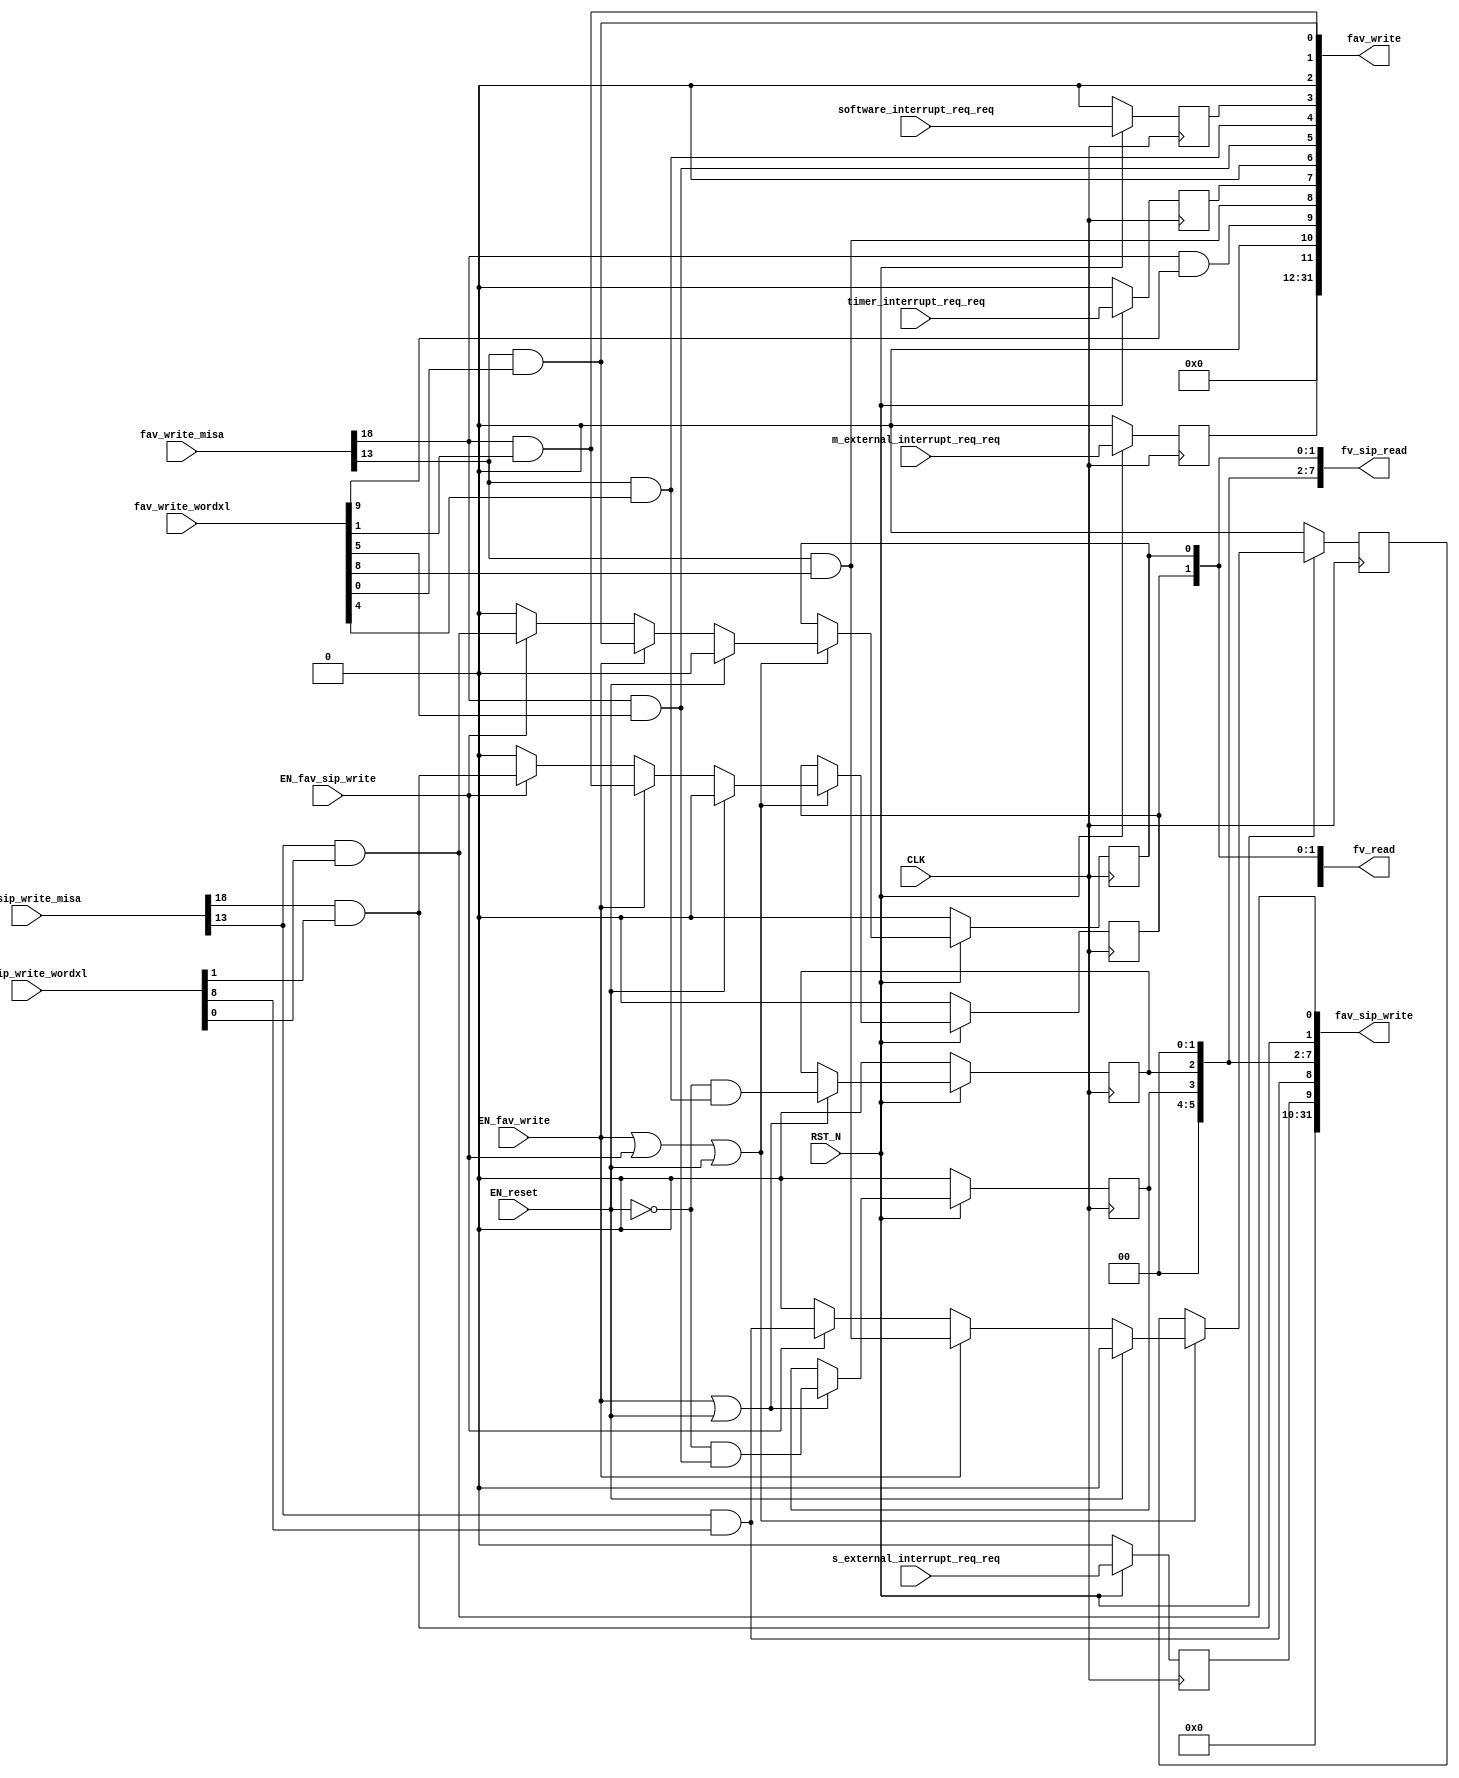
// This program was cloned from: https://github.com/bluespec/Piccolo
// License: Apache License 2.0

//
// Generated by Bluespec Compiler, version 2018.10.beta1 (build e1df8052c, 2018-10-17)
//
//
//
//
// Ports:
// Name                         I/O  size props
// fv_read                        O    32
// fav_write                      O    32
// fv_sip_read                    O    32
// fav_sip_write                  O    32
// CLK                            I     1 clock
// RST_N                          I     1 reset
// fav_write_misa                 I    28
// fav_write_wordxl               I    32
// fav_sip_write_misa             I    28
// fav_sip_write_wordxl           I    32
// m_external_interrupt_req_req   I     1 reg
// s_external_interrupt_req_req   I     1 reg
// software_interrupt_req_req     I     1 reg
// timer_interrupt_req_req        I     1 reg
// EN_reset                       I     1
// EN_fav_write                   I     1
// EN_fav_sip_write               I     1
//
// Combinational paths from inputs to outputs:
//   (fav_write_misa, fav_write_wordxl) -> fav_write
//   (fav_sip_write_misa, fav_sip_write_wordxl) -> fav_sip_write
//
//

`ifdef BSV_ASSIGNMENT_DELAY
`else
  `define BSV_ASSIGNMENT_DELAY
`endif

`ifdef BSV_POSITIVE_RESET
  `define BSV_RESET_VALUE 1'b1
  `define BSV_RESET_EDGE posedge
`else
  `define BSV_RESET_VALUE 1'b0
  `define BSV_RESET_EDGE negedge
`endif

module mkCSR_MIP(CLK,
		 RST_N,

		 EN_reset,

		 fv_read,

		 fav_write_misa,
		 fav_write_wordxl,
		 EN_fav_write,
		 fav_write,

		 fv_sip_read,

		 fav_sip_write_misa,
		 fav_sip_write_wordxl,
		 EN_fav_sip_write,
		 fav_sip_write,

		 m_external_interrupt_req_req,

		 s_external_interrupt_req_req,

		 software_interrupt_req_req,

		 timer_interrupt_req_req);
  input  CLK;
  input  RST_N;

  // action method reset
  input  EN_reset;

  // value method fv_read
  output [31 : 0] fv_read;

  // actionvalue method fav_write
  input  [27 : 0] fav_write_misa;
  input  [31 : 0] fav_write_wordxl;
  input  EN_fav_write;
  output [31 : 0] fav_write;

  // value method fv_sip_read
  output [31 : 0] fv_sip_read;

  // actionvalue method fav_sip_write
  input  [27 : 0] fav_sip_write_misa;
  input  [31 : 0] fav_sip_write_wordxl;
  input  EN_fav_sip_write;
  output [31 : 0] fav_sip_write;

  // action method m_external_interrupt_req
  input  m_external_interrupt_req_req;

  // action method s_external_interrupt_req
  input  s_external_interrupt_req_req;

  // action method software_interrupt_req
  input  software_interrupt_req_req;

  // action method timer_interrupt_req
  input  timer_interrupt_req_req;

  // signals for module outputs
  wire [31 : 0] fav_sip_write, fav_write, fv_read, fv_sip_read;

  // register rg_meip
  reg rg_meip;
  wire rg_meip$D_IN, rg_meip$EN;

  // register rg_msip
  reg rg_msip;
  wire rg_msip$D_IN, rg_msip$EN;

  // register rg_mtip
  reg rg_mtip;
  wire rg_mtip$D_IN, rg_mtip$EN;

  // register rg_seip
  reg rg_seip;
  wire rg_seip$D_IN, rg_seip$EN;

  // register rg_ssip
  reg rg_ssip;
  reg rg_ssip$D_IN;
  wire rg_ssip$EN;

  // register rg_stip
  reg rg_stip;
  wire rg_stip$D_IN, rg_stip$EN;

  // register rg_ueip
  reg rg_ueip;
  reg rg_ueip$D_IN;
  wire rg_ueip$EN;

  // register rg_usip
  reg rg_usip;
  reg rg_usip$D_IN;
  wire rg_usip$EN;

  // register rg_utip
  reg rg_utip;
  wire rg_utip$D_IN, rg_utip$EN;

  // rule scheduling signals
  wire CAN_FIRE_fav_sip_write,
       CAN_FIRE_fav_write,
       CAN_FIRE_m_external_interrupt_req,
       CAN_FIRE_reset,
       CAN_FIRE_s_external_interrupt_req,
       CAN_FIRE_software_interrupt_req,
       CAN_FIRE_timer_interrupt_req,
       WILL_FIRE_fav_sip_write,
       WILL_FIRE_fav_write,
       WILL_FIRE_m_external_interrupt_req,
       WILL_FIRE_reset,
       WILL_FIRE_s_external_interrupt_req,
       WILL_FIRE_software_interrupt_req,
       WILL_FIRE_timer_interrupt_req;

  // remaining internal signals
  wire [11 : 0] new_mip__h528, new_mip__h946;
  wire seip__h562,
       ssip__h566,
       ssip__h986,
       stip__h564,
       ueip__h563,
       ueip__h985,
       usip__h567,
       usip__h987,
       utip__h565;

  // action method reset
  assign CAN_FIRE_reset = 1'd1 ;
  assign WILL_FIRE_reset = EN_reset ;

  // value method fv_read
  assign fv_read = { 20'd0, new_mip__h528 } ;

  // actionvalue method fav_write
  assign fav_write = { 20'd0, new_mip__h946 } ;
  assign CAN_FIRE_fav_write = 1'd1 ;
  assign WILL_FIRE_fav_write = EN_fav_write ;

  // value method fv_sip_read
  assign fv_sip_read =
	     { 22'd0,
	       rg_seip,
	       rg_ueip,
	       2'b0,
	       rg_stip,
	       rg_utip,
	       2'b0,
	       rg_ssip,
	       rg_usip } ;

  // actionvalue method fav_sip_write
  assign fav_sip_write =
	     { 22'd0,
	       rg_seip,
	       ueip__h985,
	       2'b0,
	       rg_stip,
	       rg_utip,
	       2'b0,
	       ssip__h986,
	       usip__h987 } ;
  assign CAN_FIRE_fav_sip_write = 1'd1 ;
  assign WILL_FIRE_fav_sip_write = EN_fav_sip_write ;

  // action method m_external_interrupt_req
  assign CAN_FIRE_m_external_interrupt_req = 1'd1 ;
  assign WILL_FIRE_m_external_interrupt_req = 1'd1 ;

  // action method s_external_interrupt_req
  assign CAN_FIRE_s_external_interrupt_req = 1'd1 ;
  assign WILL_FIRE_s_external_interrupt_req = 1'd1 ;

  // action method software_interrupt_req
  assign CAN_FIRE_software_interrupt_req = 1'd1 ;
  assign WILL_FIRE_software_interrupt_req = 1'd1 ;

  // action method timer_interrupt_req
  assign CAN_FIRE_timer_interrupt_req = 1'd1 ;
  assign WILL_FIRE_timer_interrupt_req = 1'd1 ;

  // register rg_meip
  assign rg_meip$D_IN = m_external_interrupt_req_req ;
  assign rg_meip$EN = 1'b1 ;

  // register rg_msip
  assign rg_msip$D_IN = software_interrupt_req_req ;
  assign rg_msip$EN = 1'b1 ;

  // register rg_mtip
  assign rg_mtip$D_IN = timer_interrupt_req_req ;
  assign rg_mtip$EN = 1'b1 ;

  // register rg_seip
  assign rg_seip$D_IN = s_external_interrupt_req_req ;
  assign rg_seip$EN = 1'b1 ;

  // register rg_ssip
  always@(EN_reset or
	  EN_fav_write or ssip__h566 or EN_fav_sip_write or ssip__h986)
  case (1'b1)
    EN_reset: rg_ssip$D_IN = 1'd0;
    EN_fav_write: rg_ssip$D_IN = ssip__h566;
    EN_fav_sip_write: rg_ssip$D_IN = ssip__h986;
    default: rg_ssip$D_IN = 1'b0 /* unspecified value */ ;
  endcase
  assign rg_ssip$EN = EN_fav_write || EN_fav_sip_write || EN_reset ;

  // register rg_stip
  assign rg_stip$D_IN = !EN_reset && stip__h564 ;
  assign rg_stip$EN = EN_fav_write || EN_reset ;

  // register rg_ueip
  always@(EN_reset or
	  EN_fav_write or ueip__h563 or EN_fav_sip_write or ueip__h985)
  case (1'b1)
    EN_reset: rg_ueip$D_IN = 1'd0;
    EN_fav_write: rg_ueip$D_IN = ueip__h563;
    EN_fav_sip_write: rg_ueip$D_IN = ueip__h985;
    default: rg_ueip$D_IN = 1'b0 /* unspecified value */ ;
  endcase
  assign rg_ueip$EN = EN_fav_write || EN_fav_sip_write || EN_reset ;

  // register rg_usip
  always@(EN_reset or
	  EN_fav_write or usip__h567 or EN_fav_sip_write or usip__h987)
  case (1'b1)
    EN_reset: rg_usip$D_IN = 1'd0;
    EN_fav_write: rg_usip$D_IN = usip__h567;
    EN_fav_sip_write: rg_usip$D_IN = usip__h987;
    default: rg_usip$D_IN = 1'b0 /* unspecified value */ ;
  endcase
  assign rg_usip$EN = EN_fav_write || EN_fav_sip_write || EN_reset ;

  // register rg_utip
  assign rg_utip$D_IN = !EN_reset && utip__h565 ;
  assign rg_utip$EN = EN_fav_write || EN_reset ;

  // remaining internal signals
  assign new_mip__h528 =
	     { rg_meip,
	       1'b0,
	       rg_seip,
	       rg_ueip,
	       rg_mtip,
	       1'b0,
	       rg_stip,
	       rg_utip,
	       rg_msip,
	       1'b0,
	       rg_ssip,
	       rg_usip } ;
  assign new_mip__h946 =
	     { rg_meip,
	       1'b0,
	       seip__h562,
	       ueip__h563,
	       rg_mtip,
	       1'b0,
	       stip__h564,
	       utip__h565,
	       rg_msip,
	       1'b0,
	       ssip__h566,
	       usip__h567 } ;
  assign seip__h562 = fav_write_misa[18] && fav_write_wordxl[9] ;
  assign ssip__h566 = fav_write_misa[18] && fav_write_wordxl[1] ;
  assign ssip__h986 = fav_sip_write_misa[18] && fav_sip_write_wordxl[1] ;
  assign stip__h564 = fav_write_misa[18] && fav_write_wordxl[5] ;
  assign ueip__h563 = fav_write_misa[13] && fav_write_wordxl[8] ;
  assign ueip__h985 = fav_sip_write_misa[13] && fav_sip_write_wordxl[8] ;
  assign usip__h567 = fav_write_misa[13] && fav_write_wordxl[0] ;
  assign usip__h987 = fav_sip_write_misa[13] && fav_sip_write_wordxl[0] ;
  assign utip__h565 = fav_write_misa[13] && fav_write_wordxl[4] ;

  // handling of inlined registers

  always@(posedge CLK)
  begin
    if (RST_N == `BSV_RESET_VALUE)
      begin
        rg_meip <= `BSV_ASSIGNMENT_DELAY 1'd0;
	rg_msip <= `BSV_ASSIGNMENT_DELAY 1'd0;
	rg_mtip <= `BSV_ASSIGNMENT_DELAY 1'd0;
	rg_seip <= `BSV_ASSIGNMENT_DELAY 1'd0;
	rg_ssip <= `BSV_ASSIGNMENT_DELAY 1'd0;
	rg_stip <= `BSV_ASSIGNMENT_DELAY 1'd0;
	rg_ueip <= `BSV_ASSIGNMENT_DELAY 1'd0;
	rg_usip <= `BSV_ASSIGNMENT_DELAY 1'd0;
	rg_utip <= `BSV_ASSIGNMENT_DELAY 1'd0;
      end
    else
      begin
        if (rg_meip$EN) rg_meip <= `BSV_ASSIGNMENT_DELAY rg_meip$D_IN;
	if (rg_msip$EN) rg_msip <= `BSV_ASSIGNMENT_DELAY rg_msip$D_IN;
	if (rg_mtip$EN) rg_mtip <= `BSV_ASSIGNMENT_DELAY rg_mtip$D_IN;
	if (rg_seip$EN) rg_seip <= `BSV_ASSIGNMENT_DELAY rg_seip$D_IN;
	if (rg_ssip$EN) rg_ssip <= `BSV_ASSIGNMENT_DELAY rg_ssip$D_IN;
	if (rg_stip$EN) rg_stip <= `BSV_ASSIGNMENT_DELAY rg_stip$D_IN;
	if (rg_ueip$EN) rg_ueip <= `BSV_ASSIGNMENT_DELAY rg_ueip$D_IN;
	if (rg_usip$EN) rg_usip <= `BSV_ASSIGNMENT_DELAY rg_usip$D_IN;
	if (rg_utip$EN) rg_utip <= `BSV_ASSIGNMENT_DELAY rg_utip$D_IN;
      end
  end

  // synopsys translate_off
  `ifdef BSV_NO_INITIAL_BLOCKS
  `else // not BSV_NO_INITIAL_BLOCKS
  initial
  begin
    rg_meip = 1'h0;
    rg_msip = 1'h0;
    rg_mtip = 1'h0;
    rg_seip = 1'h0;
    rg_ssip = 1'h0;
    rg_stip = 1'h0;
    rg_ueip = 1'h0;
    rg_usip = 1'h0;
    rg_utip = 1'h0;
  end
  `endif // BSV_NO_INITIAL_BLOCKS
  // synopsys translate_on
endmodule  // mkCSR_MIP